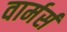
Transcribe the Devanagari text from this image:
वार्मर्स